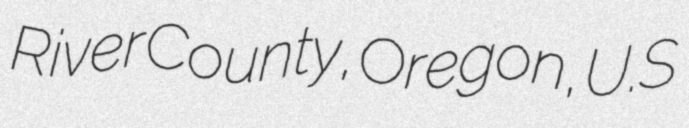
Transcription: River County, Oregon, U.S